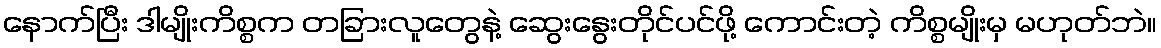
နောက်ပြီး ဒါမျိုးကိစ္စက တခြားလူတွေနဲ့ ဆွေးနွေးတိုင်ပင်ဖို့ ကောင်းတဲ့ ကိစ္စမျိုးမှ မဟုတ်ဘဲ။